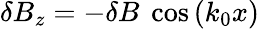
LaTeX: \delta B_{z}=-\delta B\ \cos{(k_{0}x)}